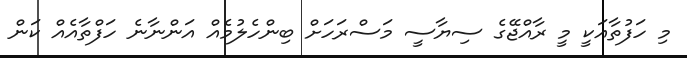
މި ހަފުތާއަކީ މީ ރާއްޖޭގެ ސިޔާސީ މަސްރަހަށް ބިންހެލުމެއް އަންނާނެ ހަފްތާއެއް ކަން